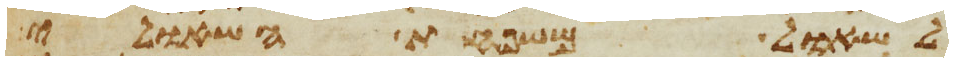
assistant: לשאול משפחת השאולי